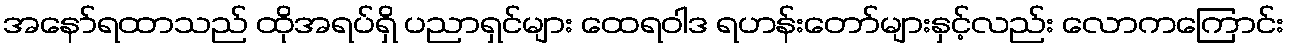
အနော်ရထာသည် ထိုအရပ်ရှိ ပညာရှင်များ ထေရဝါဒ ရဟန်းတော်များနှင့်လည်း လောကကြောင်း